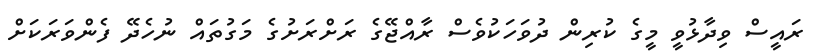
ރައީސް ވިދާޅުވީ މީގެ ކުރިން ދުވަހަކުވެސް ރާއްޖޭގެ ރަށްރަށުގެ މަގުތައް ނުހެދޭ ފެންވަރަކަށް